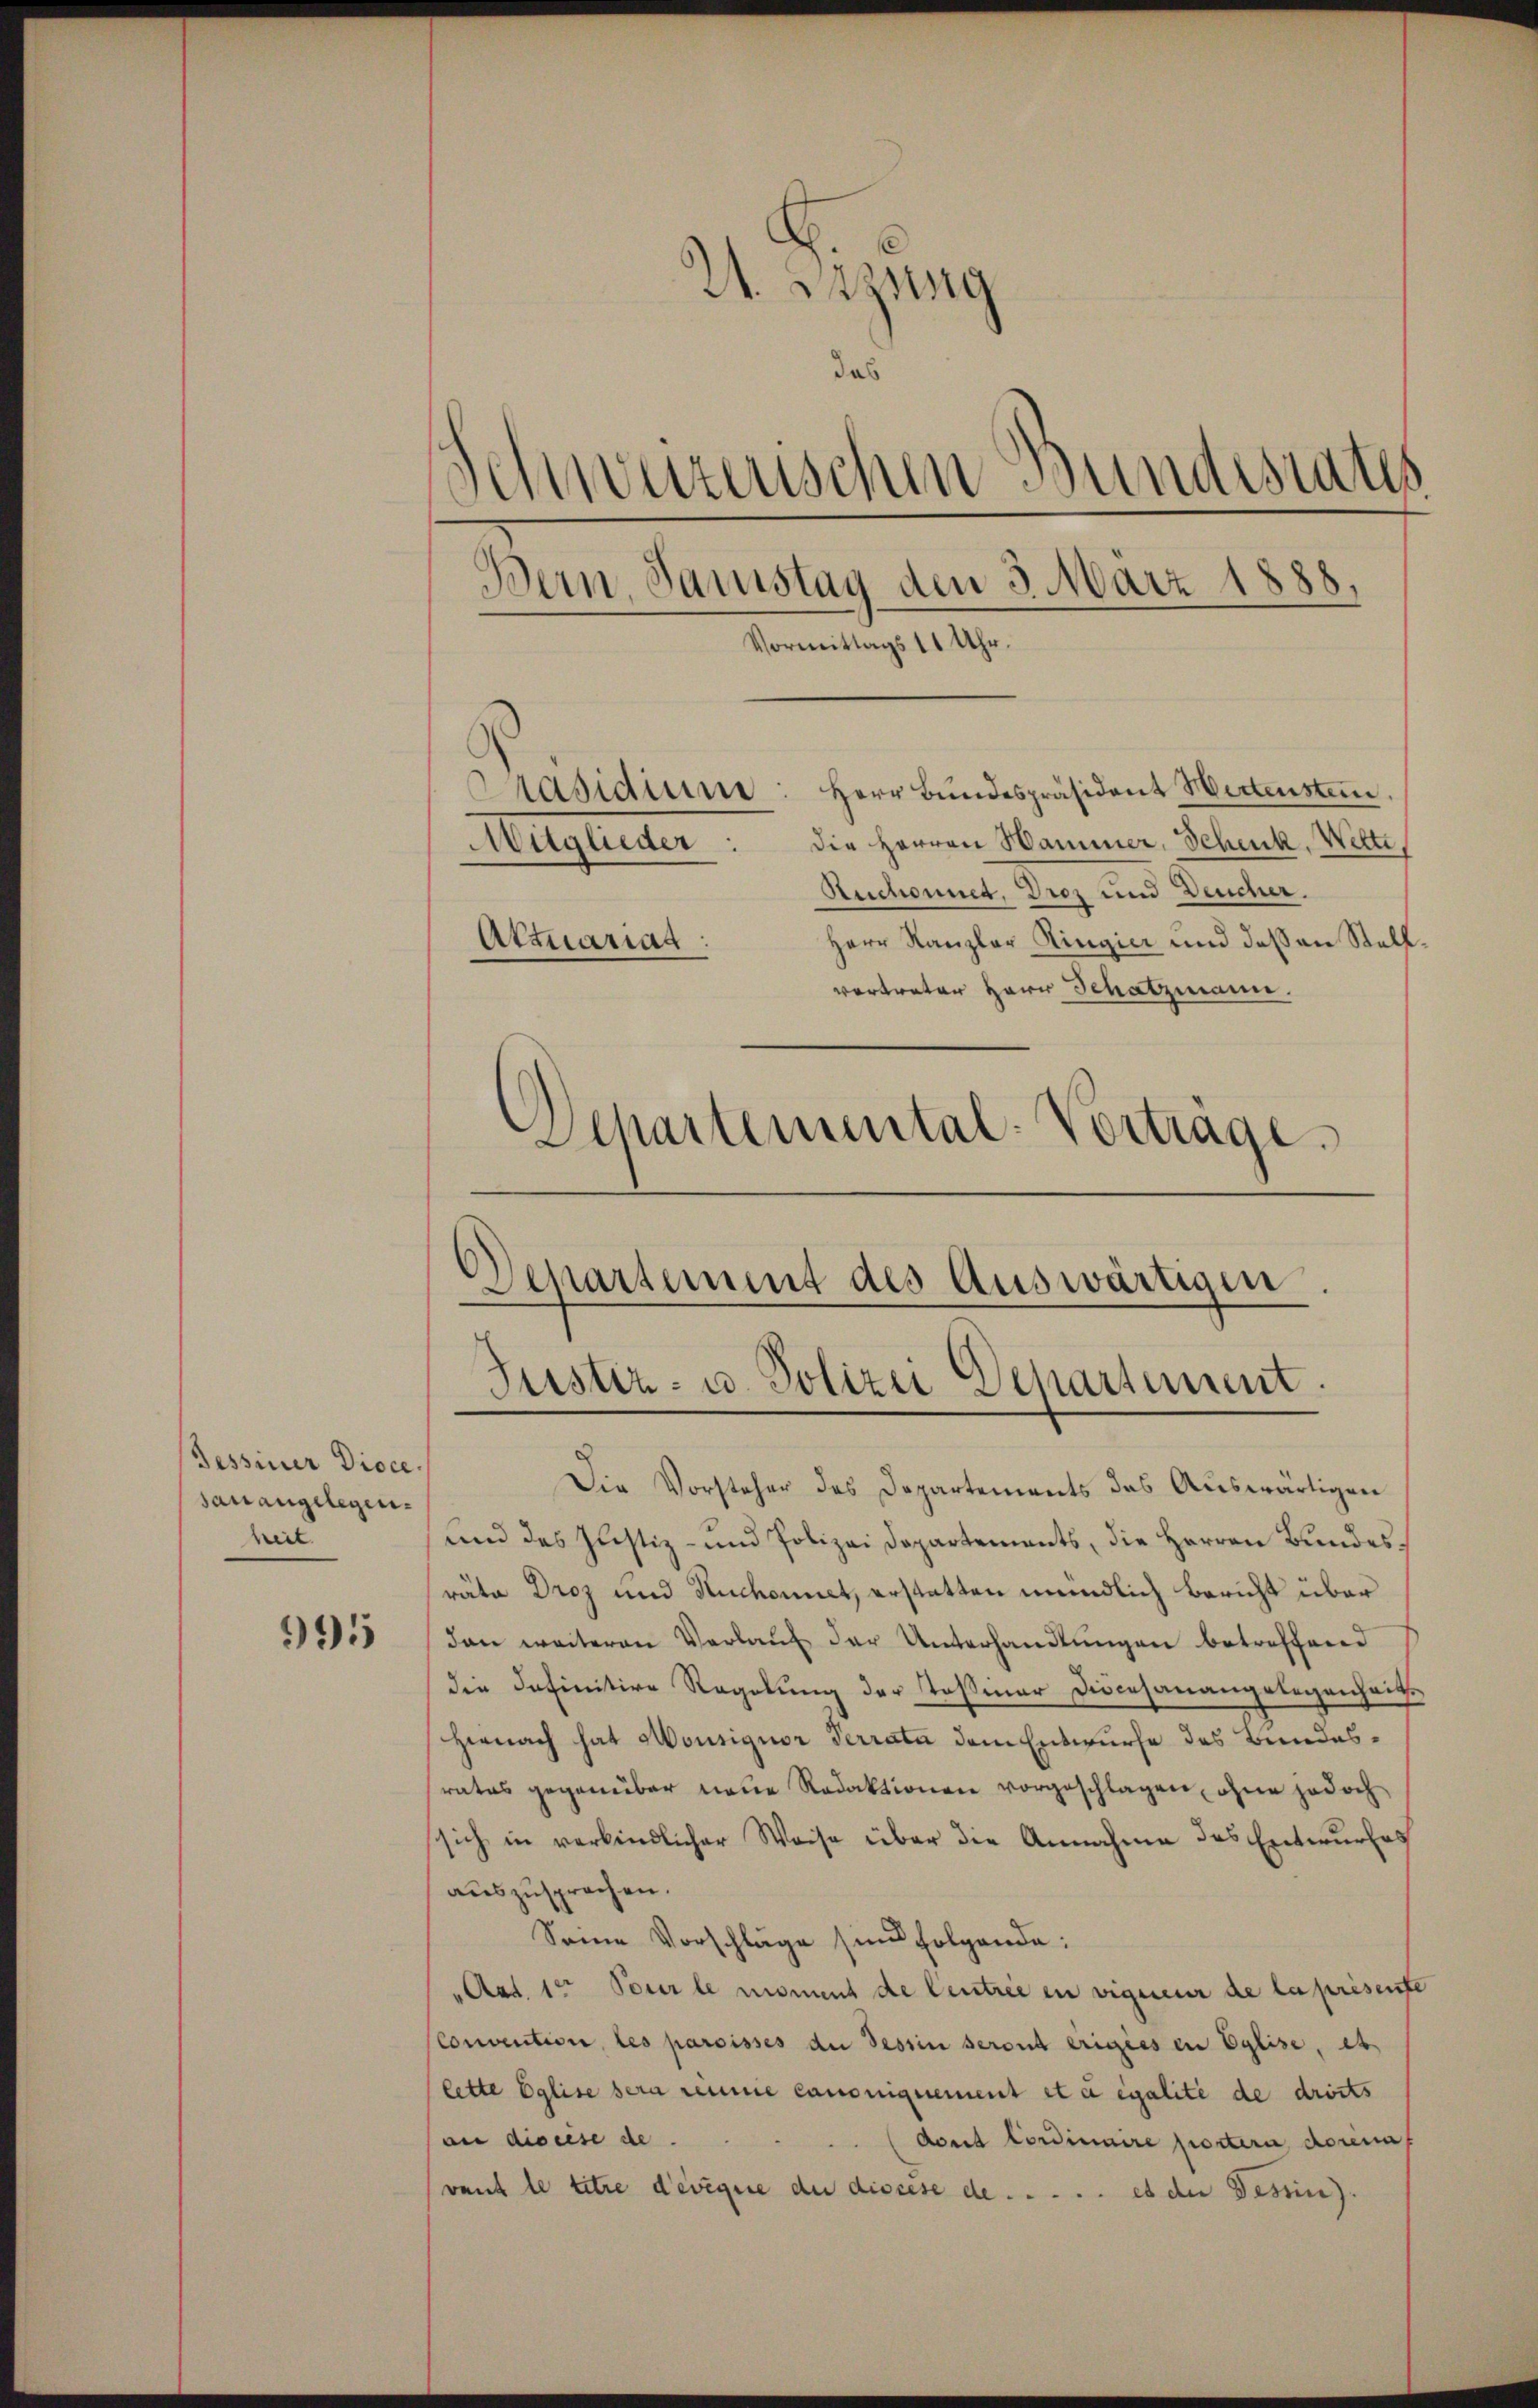
Tessiner Dioce.
sanangelegenheit.

995

21. Sitzung
das
Schwurzerischen Bundesrates
.
Bern, Samstag den 3. März 1888,
Vormittags 11 Uhr.
Präsidium: Herr Bundespräsident Wertensten,
die Herren Hammer, Schenk, Welti,
Augleiter
Ruchonnet, Droz und Deucher.
Herr Kanzler Ringier und dessen Stell¬
Attuariat:
vertreter Herr Schatzmann.
Schartemental-Vortrage

Departement des Auswärtigen
Justiz- u. Polizei Departement

Die Vorsteher des Departements des Auswärtigen
und das Justiz- und Polizei Departements, die Herren Bundesräte Droz und Ruchonnet, erstatten mündlich Bericht über
dan weiteren Verlauf der Unterhandlungen betreffend
die Definitive Regelung der Tosiner Diocesanangelegenheit.
Hernach hat Monsignor Terrata dem Entwurfe des Bundesrates gegenüber neue Redaktionen vorgeschlagen, ohne jedoch
sich in verbindlicher Weise über die Annahme des Entwurfes
auszusprechen.
Seine Vorschläge sind folgende:
Aat. 10 Pour le moment de Centrie in vigneur de la présente
Convention, les paroisses de Tessin seront ergies in Eglise, es
lette Eglise sera remme canoniquement et a égalité de droits
an discese de
dons Cordinaire postern, dorenn
vant le titre devigue du discese de . . . . . es der Tessin.